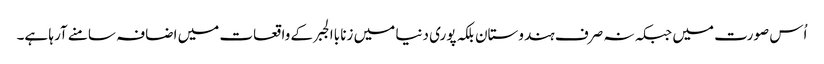
اُس صورت میں جبکہ نہ صرف ہندوستان بلکہ پوری دنیا میں زنا باالجبر کے واقعات میں اضافہ سامنے آرہا ہے۔